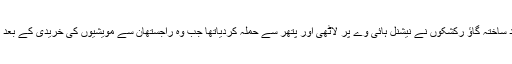
خان اور ان کے چار ساتھیوں کو خود ساختہ گاؤ رکشکوں نے نیشنل ہائی وے پر لاٹھی اور پتھر سے حملہ کردیاتھا جب وہ راجستھان سے مویشیوں کی خریدی کے بعد ہریانہ اپنے گاؤں واپس ہورہے تھے۔